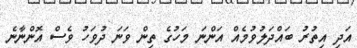
އަދި އިތުރު ބައްދަލުވުމެއް އަންނަ މަހުގެ ތިން ވަނަ ދުވަހު ވެސް އޮންނާނެ